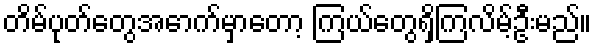
တိမ်ပုတ်တွေအောက်မှာတော့ ကြယ်တွေရှိကြလိမ့်ဦးမည်။